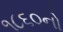
૧૮૬૦નો